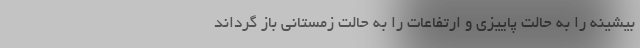
بیشینه را به حالت پاییزی و ارتفاعات را به حالت زمستانی باز گرداند